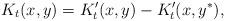
LaTeX: \begin{align*} K_t(x, y) = K'_t(x, y) - K'_t(x, y^*),\end{align*}